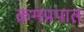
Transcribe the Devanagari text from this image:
क्रमप्रपात